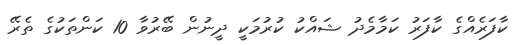
ކާފަރެއްގެ ކާފަރު ކަމާމެދު ޝައްކު ކުރުމަކީ ދީނުން ބޭރުވާ 10 ކަންތަކުގެ ތެރޭ